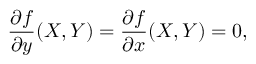
{ \frac { \partial f } { \partial y } } ( X , Y ) = { \frac { \partial f } { \partial x } } ( X , Y ) = 0 ,